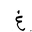
Letter: _gayn